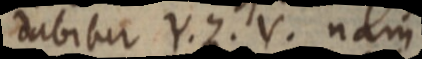
dabitur Y. Z. V. nam